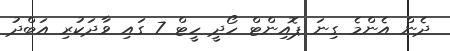
ދެން އެންމެ ގިނަ ޕޮއިންޓް ހޯދީ ހީޓް 7 ގައި ވާދަކުރި އަބްދު